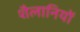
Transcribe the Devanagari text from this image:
शैलानियों